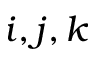
i , j , k